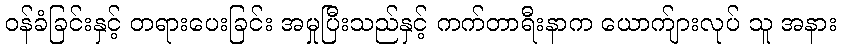
ဝန်ခံခြင်းနှင့် တရားပေးခြင်း အမှုပြီးသည်နှင့် ကက်တာရီးနာက ယောက်ျားလုပ် သူ အနား